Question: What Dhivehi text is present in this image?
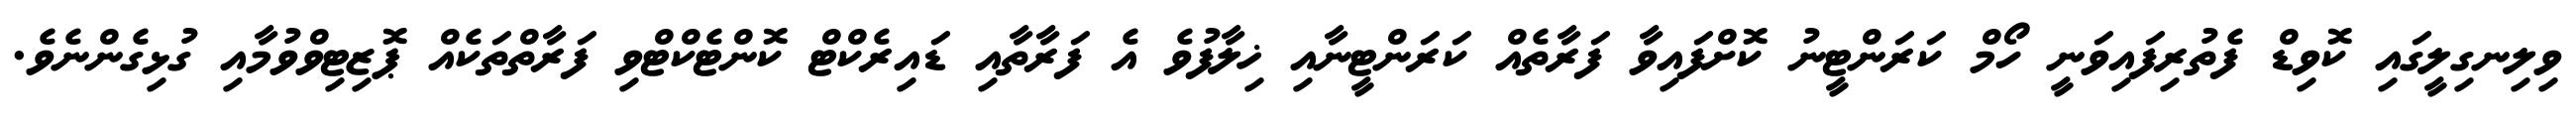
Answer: ވިލިނގިލީގައި ކޮވިޑް ފެތުރިފައިވަނީ ހޯމް ކަރަންޓީނު ކޮށްފައިވާ ފަރާތެއް ކަރަންޓީނާއި ޚިލާފުވެ އެ ފަރާތާއި ޑައިރެކްޓް ކޮންޓެކްޓްވި ފަރާތްތަކެއް ޕޮޒިޓިވްވުމާއި ގުޅިގެންނެވެ.